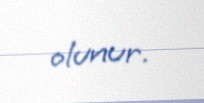
olunur.